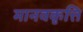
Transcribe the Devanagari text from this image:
मानवकृत्ति